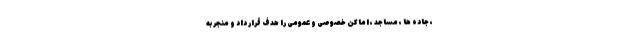
، جاده ها ، مساجد ، اماکن خصوصی و عمومی را هدف قرار داد و منجر به